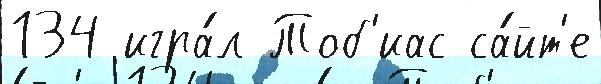
134 игра́л Тоб'иас са́йт'е